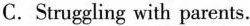
C.Struggling with parents.